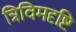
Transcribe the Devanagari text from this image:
त्रिविमदृष्टि